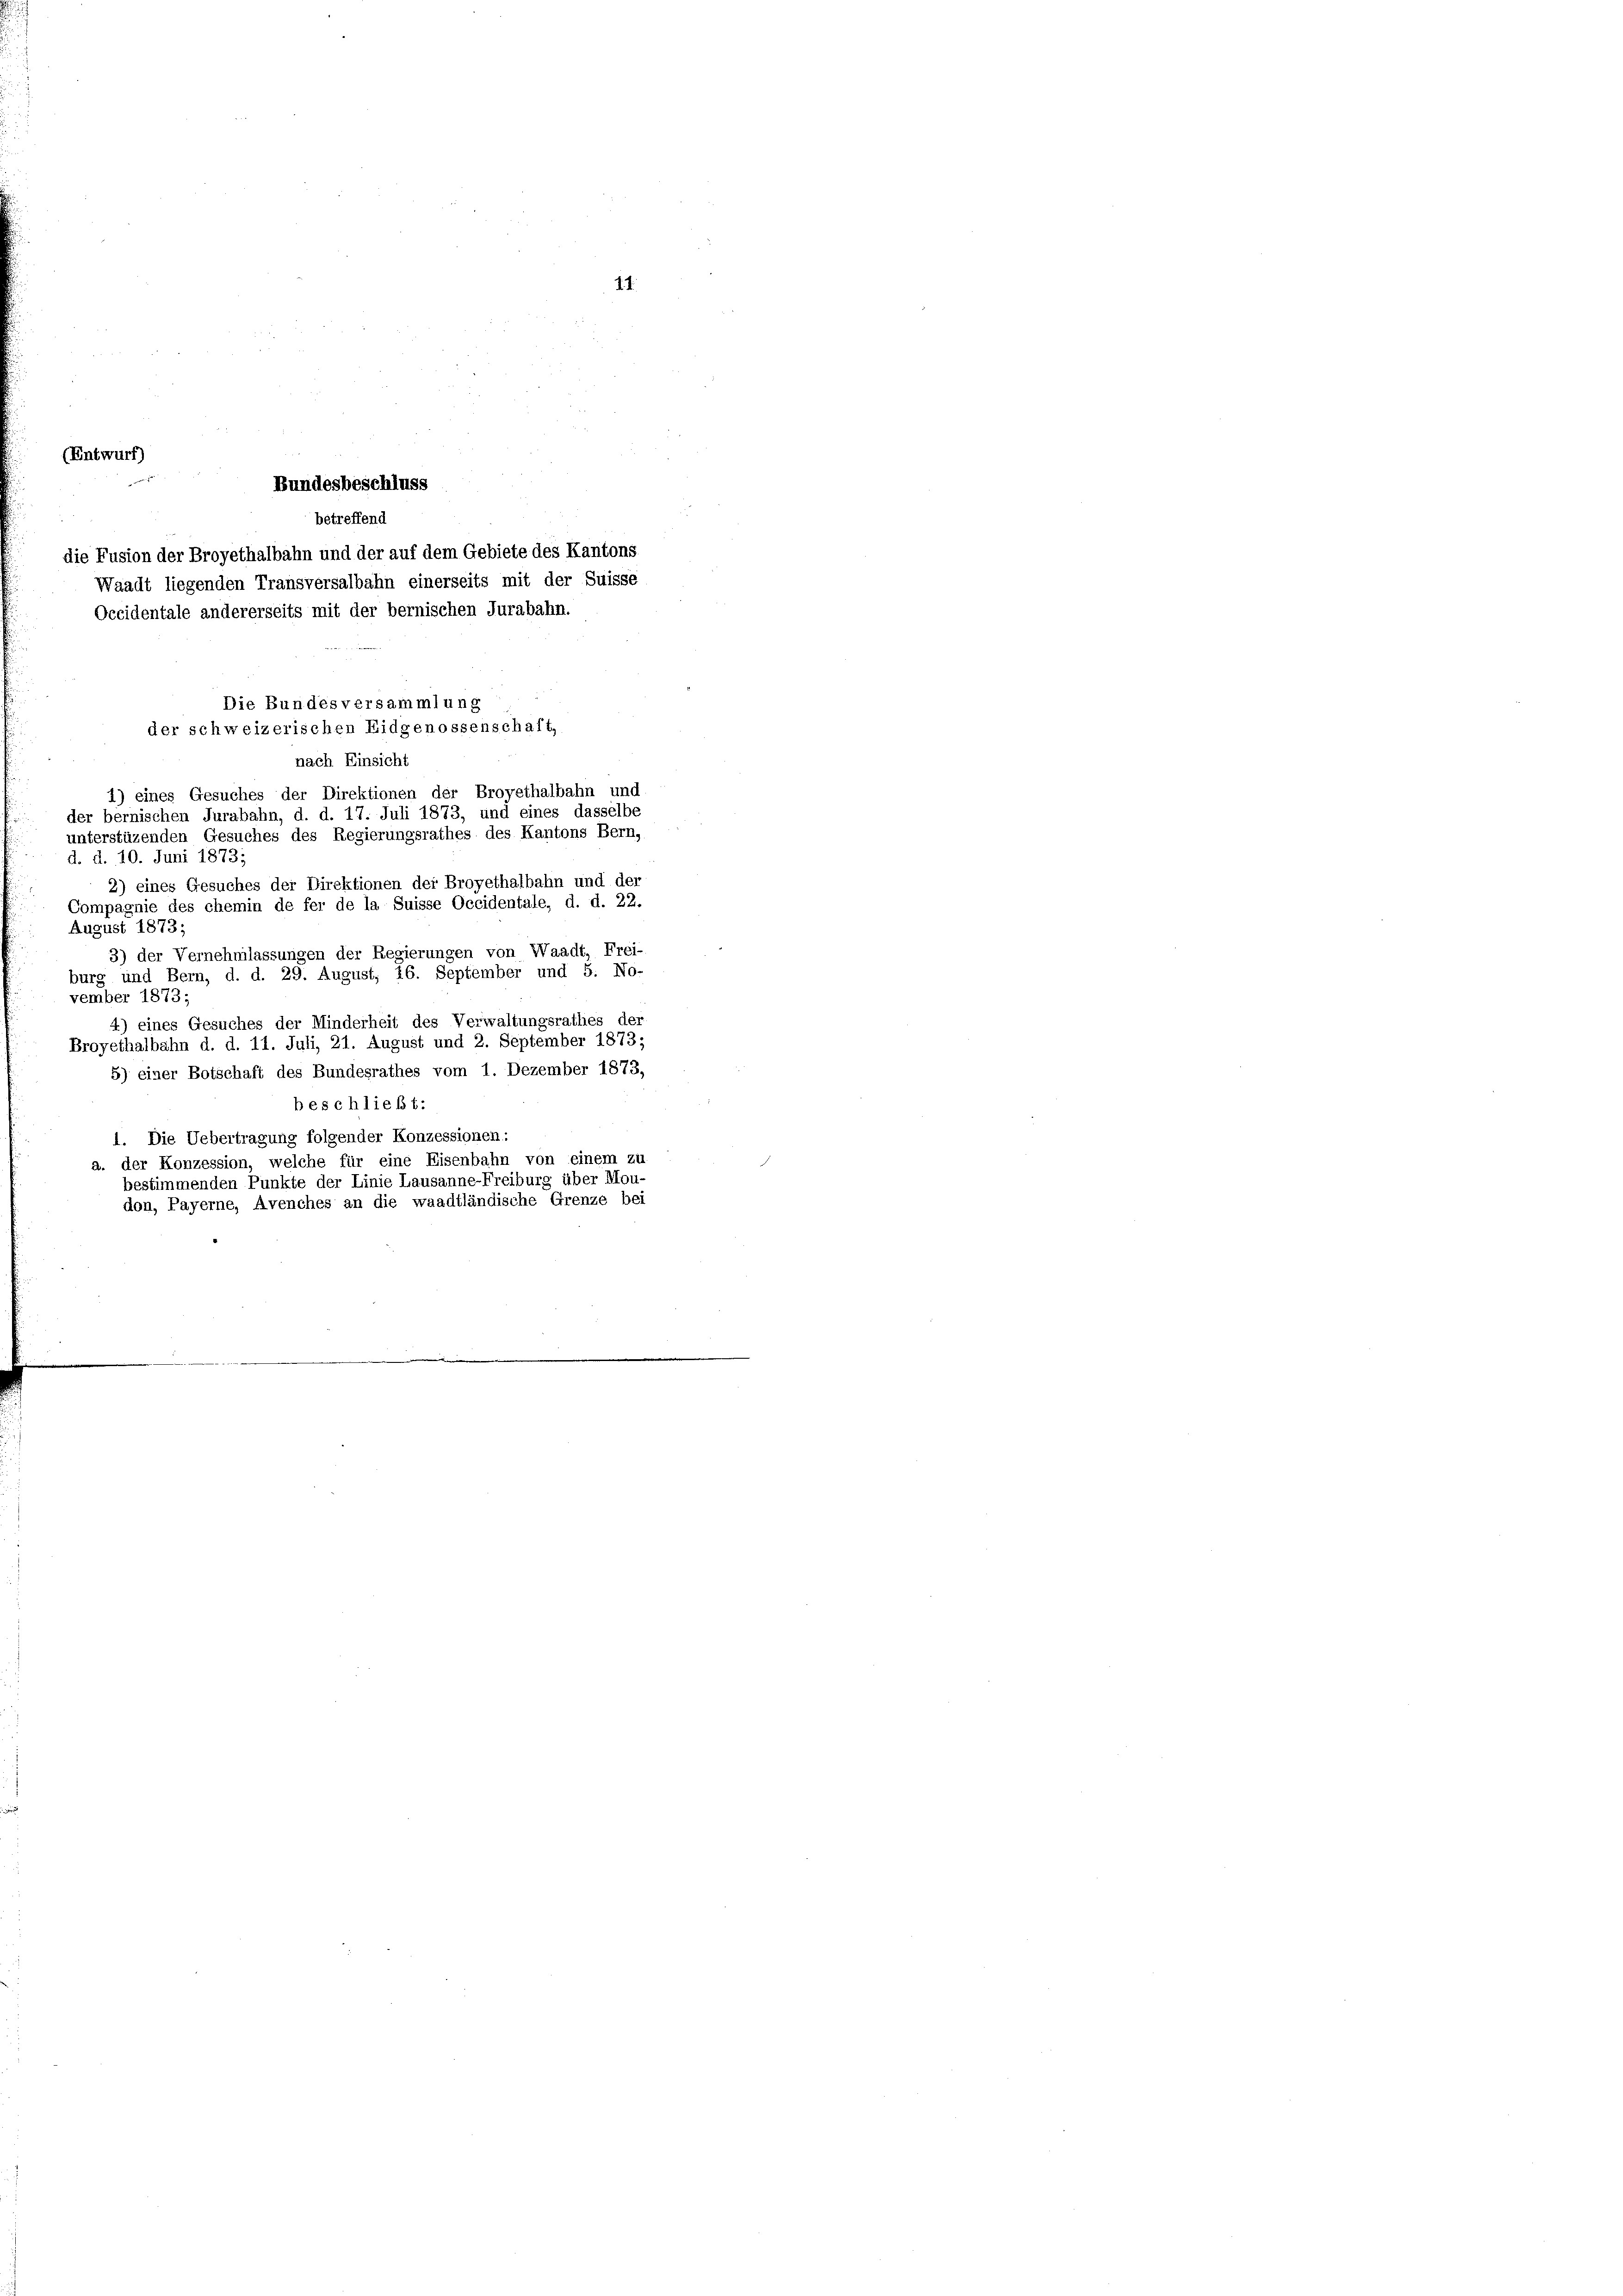
(Entwurf)
Bundesbeschluss
betreffend
die Fusion der Broyethalbahn und der auf dem Gebiete des Kantons
Waadt liegenden Transversalbahn einerseits mit der Suisse
Occidentale andererseits mit der bernischen Jurabahn.
Die Bundesversammlung
der schweizerischen Eidgenossenschaft,
nach Einsicht
1) eines Gesuches der Direktionen der Broyethalbahn und
der bernischen Jurabahn, d. d. 17. Juli 1873, und eines dasselbe
unterstüzenden Gesuches des Regierungsrathes des Kantons Bern,
d. d. 10. Juni 1873;
2) eines Gesuches der Direktionen der Broyethalbahn und der
Compagnie des chemin de fer de la Suisse Occidentale, d. d. 22.
August 1873;
3) der Vernehmlassungen der Regierungen von Waadt, Frei-
burg und Bern, d. d. 29. August; 26. September und 5. No-
vember 1873;
4) eines Gesuches der Minderheit des Verwaltungsrathes der
Broyethalbahn d. d. 11. Juli, 21. August und 2. September 1873;
5) einer Botschaft des Bundesrathes vom 1. Dezember 1873,
beschließt:
1. Die Uebertragung folgender Konzessionen:
a. der Konzession, welche für eine Eisenbahn von einem zu
bestimmenden Punkte der Linie Lausanne-Freiburg über Mou
don, Payerne, Avenches an die waadtländische Grenze bei

1.1.